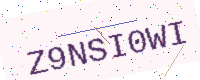
Text: Z9NSI0WI